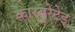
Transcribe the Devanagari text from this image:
कारबुरेटेड